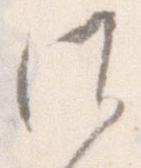
候